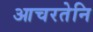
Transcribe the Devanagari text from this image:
आचरतेनि